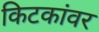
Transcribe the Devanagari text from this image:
किटकांवर